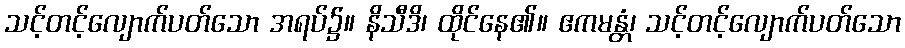
သင့်တင့်လျောက်ပတ်သော အရပ်၌။ နိသီဒိ၊ ထိုင်နေ၏။ ဧကမန္တံ၊ သင့်တင့်လျောက်ပတ်သော